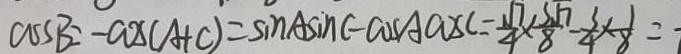
\cos B - \cos ( A + C ) = \sin A \sin C - \cos A \cos C = \frac { \sqrt { 7 } } { 4 } \times \frac { 3 \sqrt { 7 } } { 8 } - \frac { 3 } { 4 } \times \frac { 1 } { 8 } = 7